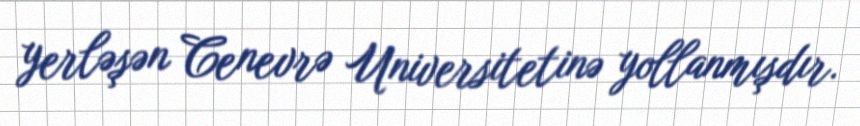
yerləşən Cenevrə Universitetinə yollanmışdır.